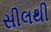
સીલથી